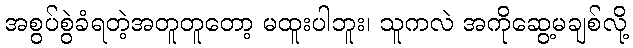
အစွပ်စွဲခံရတဲ့အတူတူတော့ မထူးပါဘူး၊ သူကလဲ အကိုဆွေ့မချစ်လို့